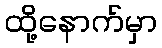
ထို့နောက်မှာ